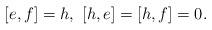
LaTeX: \begin{align*}[e,f] = h,~ [h,e] = [h,f] =0.\end{align*}